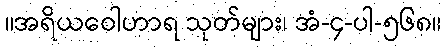
။အရိယဝေါဟာရ သုတ်များ၊ အံ-၄-ပါ-၅၆၈။